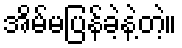
အိမ်မပြန်ခဲ့နဲ့တဲ့။